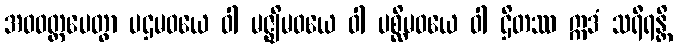
အဝဝတ္ထပေတွာ ပဌမဝယေ ဝါ မဇ္ဈိမဝယေ ဝါ ပစ္ဆိမဝယေ ဝါ ဌိတဿ ဣဒံ သရီရန္တိ